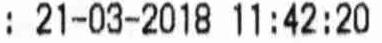
: 21-03-2018 11:42:20